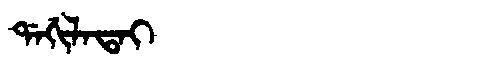
Manchu: ᡩᠠᡤᡳᠯᠠᡨᠠᡳ
Romanization: DAGILATAI